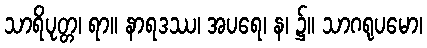
သာရိပုတ္တ၊ ရာ။ နာရဒဿ၊ အပရေ၊ န၊ ၌။ သာဂရုပမော၊